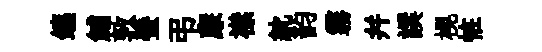
鑣鯆敦蜑弔亷襟紞韵霧幷譔榥恠